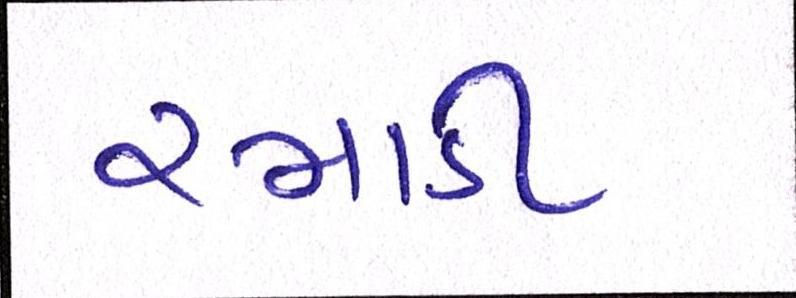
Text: રમાડી